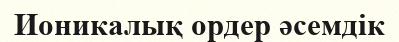
Ионикалық ордер әсемдік